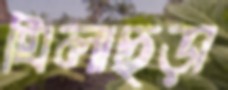
ঘিলাছড়া